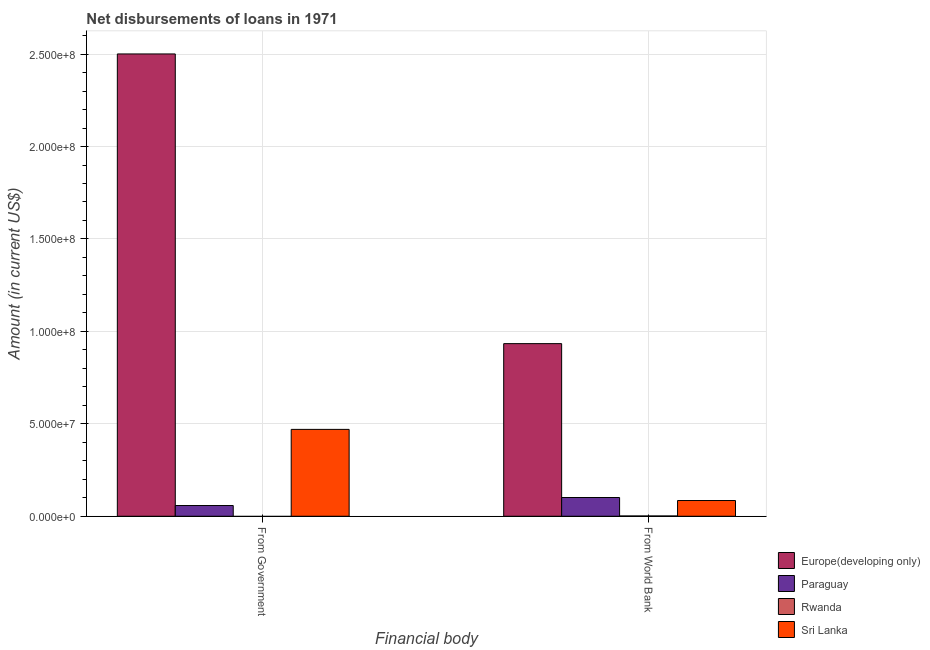
| Financial body | Europe(developing only) | Paraguay | Rwanda | Sri Lanka |
 | --- | --- | --- | --- | --- |
 | From Government | 2.5e+08 | 5.8e+06 | -1.35e+05 | 4.7e+07 |
 | From World Bank | 9.34e+07 | 1.01e+07 | 1.57e+05 | 8.51e+06 |